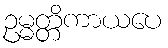
ဥမ္မတ္တိကာယပေ